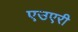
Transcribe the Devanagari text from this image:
एउएरी